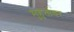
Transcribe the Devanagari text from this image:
मुहुर्तावर